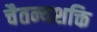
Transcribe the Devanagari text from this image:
चैतन्यशक्ति